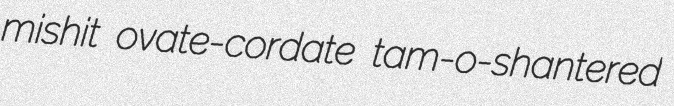
mishit ovate-cordate tam-o-shantered